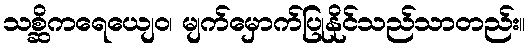
သစ္ဆိကရေယျေဝ၊ မျက်မှောက်ပြုနိုင်သည်သာတည်း။